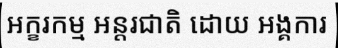
អក្ខរកម្ម អន្តរជាតិ ដោយ អង្គការ